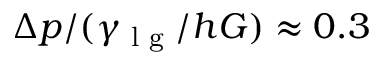
\Delta p / ( \gamma _ { \textrm { l g } } / h G ) \approx 0 . 3